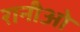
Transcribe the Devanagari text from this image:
रानीओ